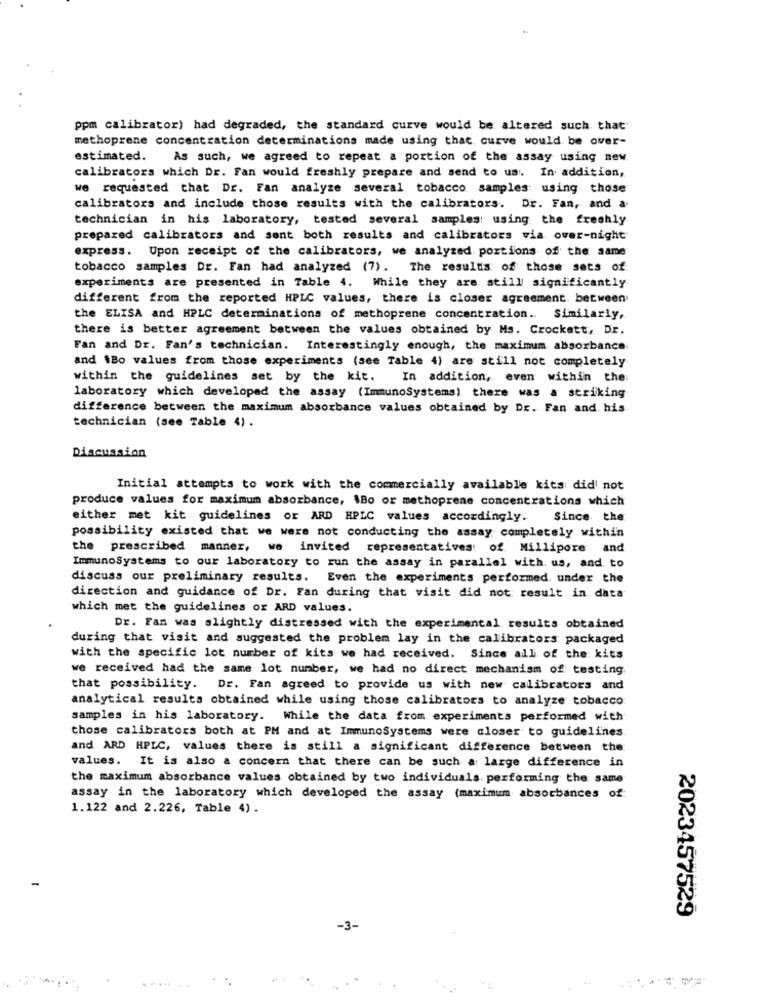
ppm calibrator) had degraded, the standard curve would be altered such that
methoprene concentration determinations made using that curve would be over-
estimated. As such, we agreed to repeat a portion of the assay using new
calibrators which Dr. Fan would freshly prepare and send to us :. In addition,
we requested that Dr. Fan analyze several tobacco samples: using those
calibrators and include those results with the calibrators. Dr. Fan, and a
technician in his laboratory, tested several samples: using the freshly
prepared calibrators and sent both results and calibrators via over-night
express. Upon receipt of the calibrators, we analyzed portions of the same
tobacco samples Dr. Fan had analyzed (7) . The results of those sets of
experiments are presented in Table 4. While they are still significantly
different from the reported HPLC values, there is closer agreement between
the ELISA and HPLC determinations of methoprene concentration ..
Similarly,
there is better agreement between the values obtained by Ms. Crockett, Dr.
Fan and Dr. Fan's technician. Interestingly enough, the maximum absorbance
and 1Bo values from those experiments (see Table 4) are still not completely
within the guidelines set by the kit. In addition, even within the
laboratory which developed the assay (ImmunoSystems) there was a striking
difference between the maximum absorbance values obtained by Dr. Fan and his
technician (see Table 4).
Discussion
Initial attempts to work with the commercially available kits did not
produce values for maximum absorbance, 1Bo or methoprene concentrations which
either met kit guidelines or ARD HPLC values accordingly.
Since the
possibility existed that we were not conducting the assay completely within
the prescribed manner, we invited representatives: of Millipore and
ImmunoSystems to our laboratory to run the assay in parallel with. us, and to
discuss our preliminary results. Even the experiments performed. under the
direction and guidance of Dr. Fan during that visit did not: result in data
which met the guidelines or ARD values.
Dr. Fan was slightly distressed with the experimental results obtained
during that visit and suggested the problem lay in the calibrators packaged
with the specific lot number of kits we had received. Since all of the kits
we received had the same lot number, we had no direct mechanism of: testing
that possibility. Dr. Fan agreed to provide us with new calibrators and
analytical results obtained while using those calibrators to analyze tobacco
samples in his laboratory. While the data from experiments performed with
those calibrators both at PM and at ImmunoSystems were closer to guidelines
and ARD HPLC, values there is still a significant difference between the
values. It is also a concern that there can be such a large difference in
the maximum absorbance values obtained by two individuals. performing the same
assay in the laboratory which developed the assay (maximum absorbances of
1.122 and 2.226, Table 4) .
2023457529
-3-